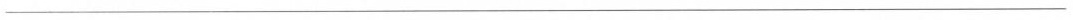
___